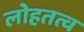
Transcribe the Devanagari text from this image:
लोहतत्व